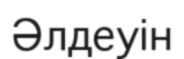
Әлдеуін